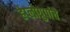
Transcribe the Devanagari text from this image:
हेप्लोग्रुपांचे